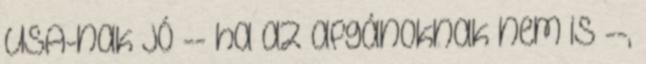
USA-nak jó -- ha az afgánoknak nem is --,